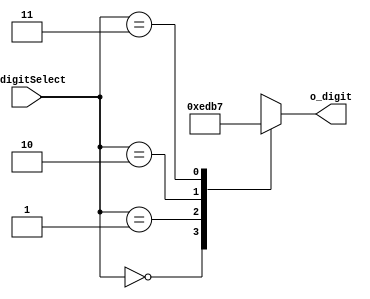
`timescale 1ns / 1ps


module decoder_2x4(
    input[1:0] i_digitSelect,
    output[3:0] o_digit
    );

    reg[3:0] r_digit;
    assign o_digit = r_digit;

    always @(i_digitSelect) begin
        r_digit = 4'b1111;

        case(i_digitSelect)
            2'h0 : r_digit = 4'b1110;
            2'h1 : r_digit = 4'b1101;
            2'h2 : r_digit = 4'b1011;
            2'h3 : r_digit = 4'b0111;
        endcase
    end
endmodule